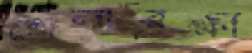
তোলারক্ষী